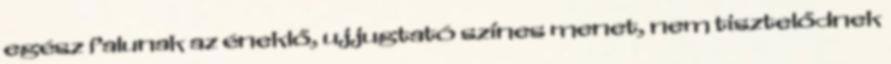
egész falunak az éneklő, ujjugtató színes menet, nem tisztelődnek